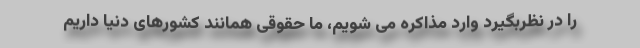
را در نظربگیرد وارد مذاکره می شویم، ما حقوقی همانند کشورهای دنیا داریم